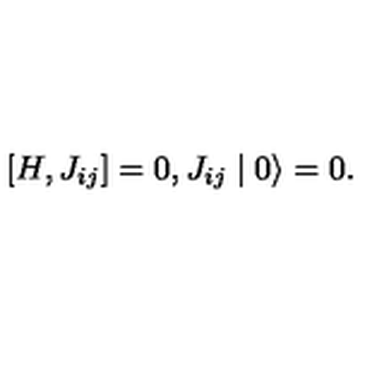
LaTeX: [ H , J _ { i j } ] = 0 , J _ { i j } \mid 0 \rangle = 0 .